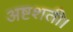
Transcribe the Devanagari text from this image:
अष्टशती।